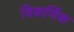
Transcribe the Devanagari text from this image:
विकर्णिक